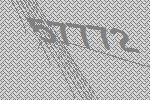
57772